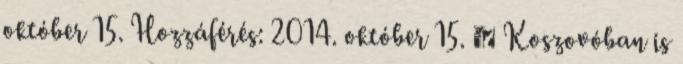
október 15. Hozzáférés: 2014. október 15. ↑ Koszovóban is